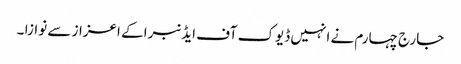
جارج چہارم نے انہیں ڈیوک آف ایڈنبرا کے اعزاز سے نوازا ۔